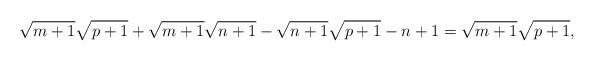
LaTeX: \begin{align*}\sqrt{m+1}\sqrt{p+1}+\sqrt{m+1}\sqrt{n+1}-\sqrt{n+1}\sqrt{p+1}-n+1=\sqrt{m+1}\sqrt{p+1},\end{align*}